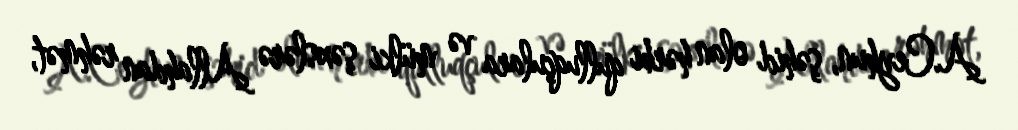
A.Ceyhun, şəhid olan hərbi qulluqçulara və mülki şəxslərə Allahdan rəhmət,